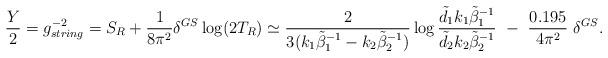
LaTeX: \begin{align*}\frac{Y}{2}=g_{string}^{-2}=S_R+\frac{1}{8\pi^2}\delta^{GS}\log(2T_R)\simeq \frac{2}{3( k_1\tilde{\beta}_{1}^{-1}- k_2\tilde{\beta}_{2}^{-1})}\log\frac{\tilde{d}_1k_1\tilde{\beta}_1^{-1}}{ \tilde{d}_2k_2\tilde{\beta}_2^{-1}}\ -\ \frac{0.195}{4\pi^2}\ \delta^{GS} .\end{align*}